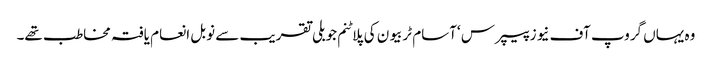
وہ یہاں گروپ آف نیوز پیپرس ‘آسام ٹربیو ن کی پلاٹنم جوبلی تقریب سے نوبل انعام یافتہ مخاطب تھے۔